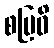
စဗြဝိ